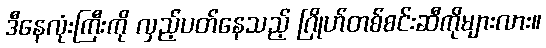
ဒီနေလုံးကြီးကို လှည့်ပတ်နေသည့် ဂြိုဟ်တစ်စင်းဆီကိုများလား။